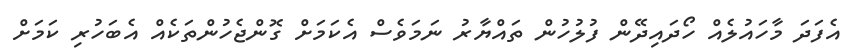
އެފަދަ މާހައުލެއް ހޯދައިދޭން ފުލުހުން ތައްޔާރު ނަމަވެސް އެކަމަށް ގޮންޖެހުންތަކެއް އެބަހުރި ކަމަށް